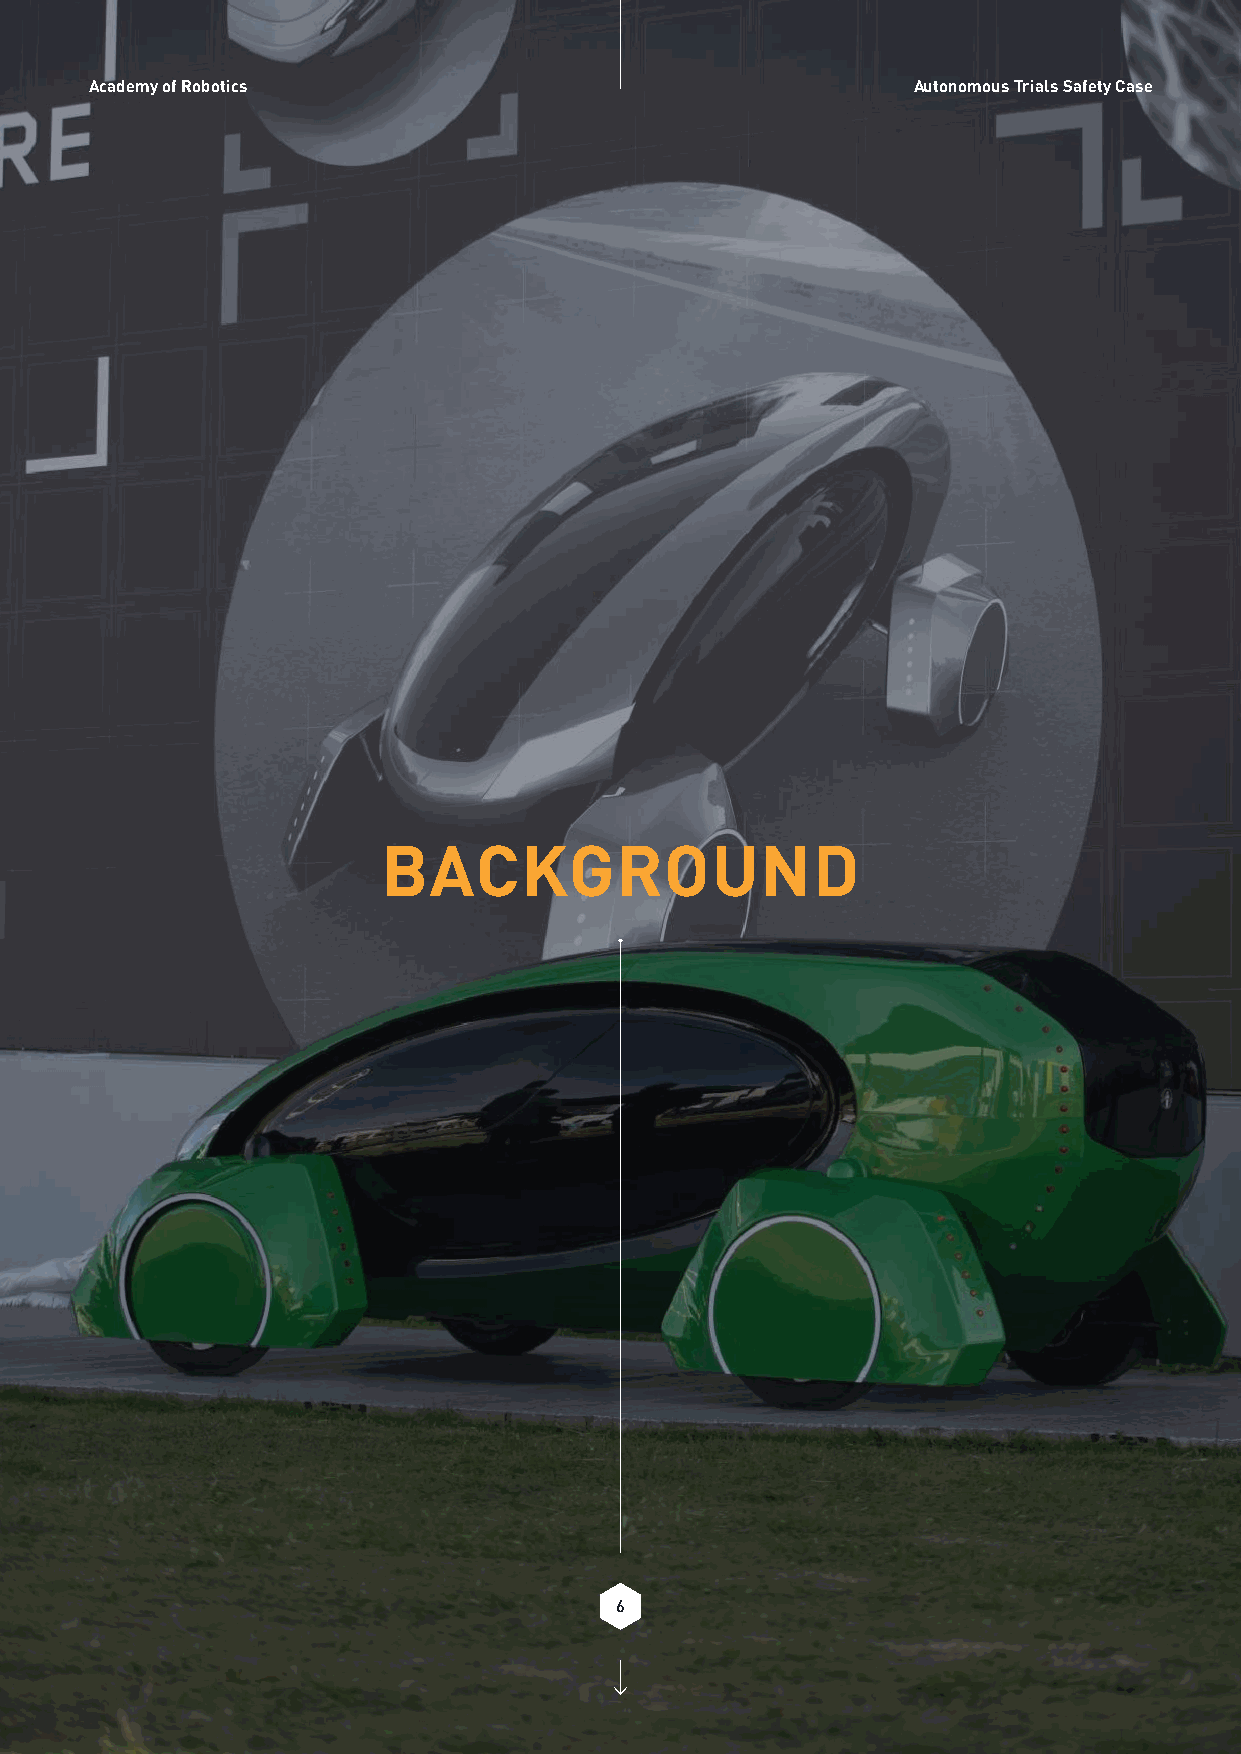
Academy of Robotics                                   Autonomous Trials Safety Case
 BACKGROUND
 6